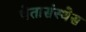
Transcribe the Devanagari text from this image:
चेतासंस्थेस